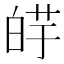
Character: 𰱕